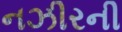
નઝીરની